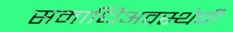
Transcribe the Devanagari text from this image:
समाधिअवस्थेची